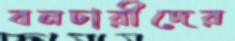
বনচারীদের